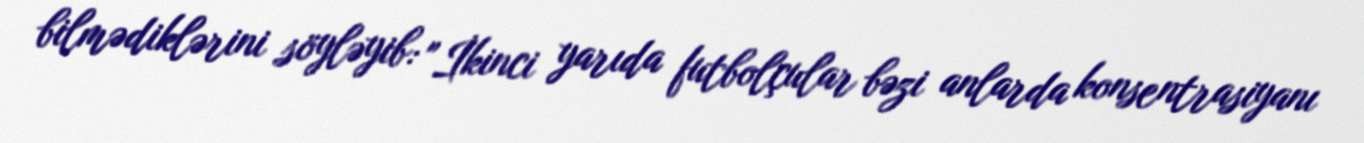
bilmədiklərini söyləyib: "İkinci yarıda futbolçular bəzi anlarda konsentrasiyanı